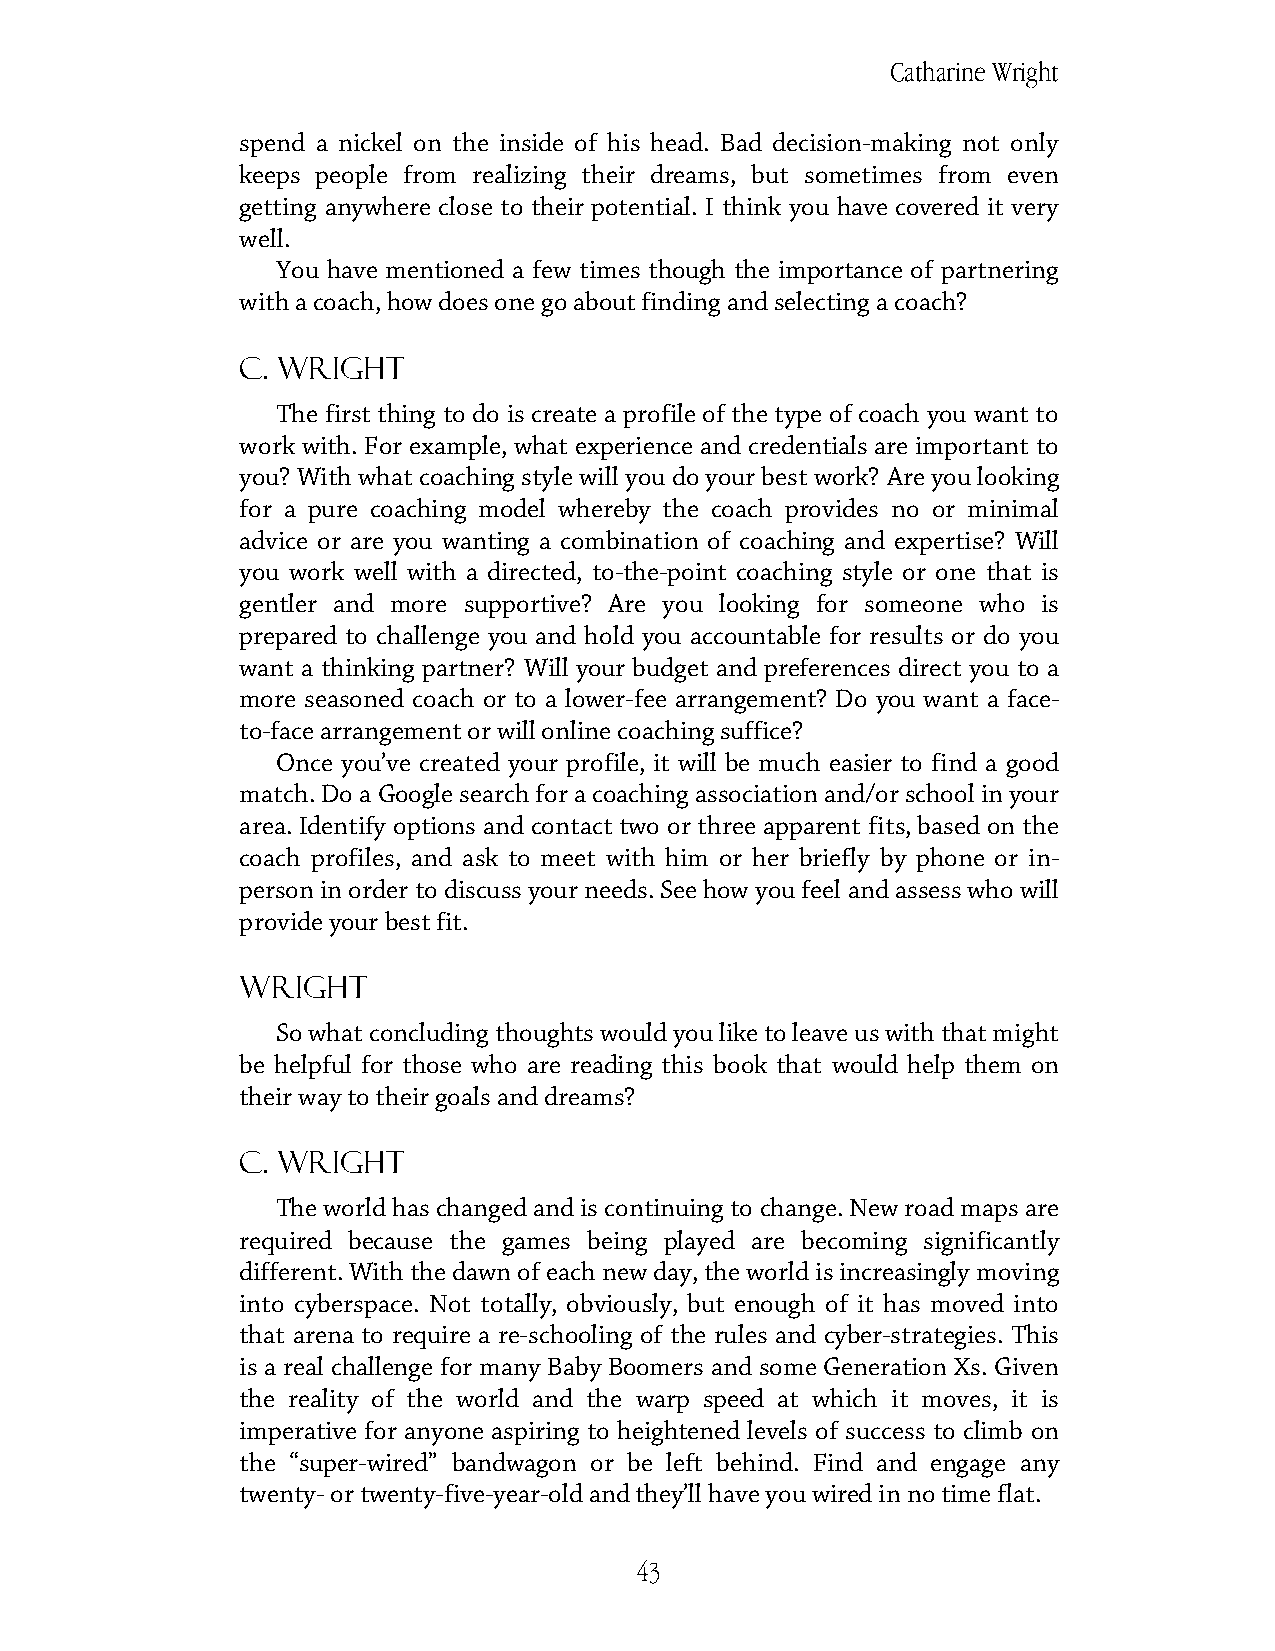
Catharine Wright
 spend a nickel on the inside of his head. Bad decision-making not only
 keeps people from realizing their dreams, but sometimes from even
 getting anywhere close to their potential. I think you have covered it very
 well.
 You have mentioned a few times though the importance of partnering
 with a coach, how does one go about finding and selecting a coach?
 C. Wright
 The first thing to do is create a profile of the type of coach you want to
 work with. For example, what experience and credentials are important to
 you? With what coaching style will you do your best work? Are you looking
 for a pure coaching model whereby the coach provides no or minimal
 advice or are you wanting a combination of coaching and expertise? Will
 you work well with a directed, to-the-point coaching style or one that is
 gentler and more supportive? Are you looking for someone who is
 prepared to challenge you and hold you accountable for results or do you
 want a thinking partner? Will your budget and preferences direct you to a
 more seasoned coach or to a lower-fee arrangement? Do you want a face-
 to-face arrangement or will online coaching suffice?
 Once you’ve created your profile, it will be much easier to find a good
 match. Do a Google search for a coaching association and/or school in your
 area. Identify options and contact two or three apparent fits, based on the
 coach profiles, and ask to meet with him or her briefly by phone or in-
 person in order to discuss your needs. See how you feel and assess who will
 provide your best fit.
 Wright
 So what concluding thoughts would you like to leave us with that might
 be helpful for those who are reading this book that would help them on
 their way to their goals and dreams?
 C. Wright
 The world has changed and is continuing to change. New road maps are
 required because the games being played are becoming significantly
 different. With the dawn of each new day, the world is increasingly moving
 into cyberspace. Not totally, obviously, but enough of it has moved into
 that arena to require a re-schooling of the rules and cyber-strategies. This
 is a real challenge for many Baby Boomers and some Generation Xs. Given
 the reality of the world and the warp speed at which it moves, it is
 imperative for anyone aspiring to heightened levels of success to climb on
 the “super-wired” bandwagon or be left behind. Find and engage any
 twenty- or twenty-five-year-old and they’ll have you wired in no time flat.
 43